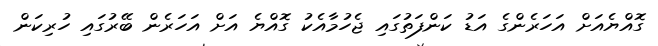
ގޮއްޔެއަށް އަހަރެންގެ އަޑު ކަންފަތުގައި ޖެހުމާއެކު ގޮއްޔެ އަށް އަހަރެން ބޭރުގައި ހުރިކަން